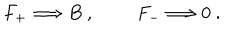
F _ { + } \Longrightarrow B \ , \qquad \ F _ { - } \Longrightarrow 0 \ .